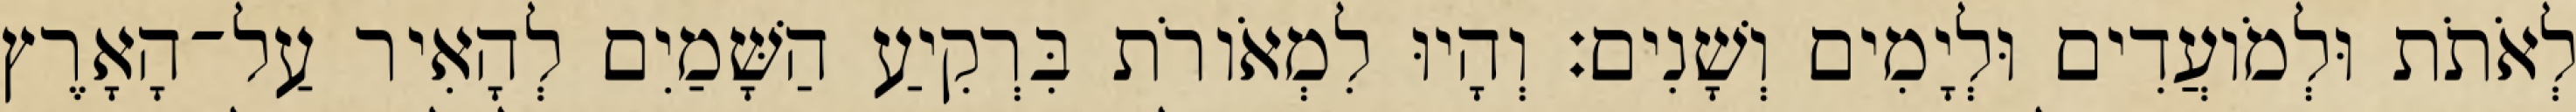
לְאֹתֹת וּלְמֹועֲדִים וּלְיָמִים וְשָׁנִים׃ וְהָיוּ לִמְאֹורֹת בִּרְקִיעַ הַשָּׁמַיִם לְהָאִיר עַל־הָאָרֶץ